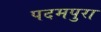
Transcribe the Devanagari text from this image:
पदमपुरा